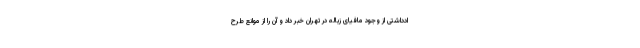
ادداشتی از وجود مافیای زباله در تهران خبر داد و آن را از موانع طرح